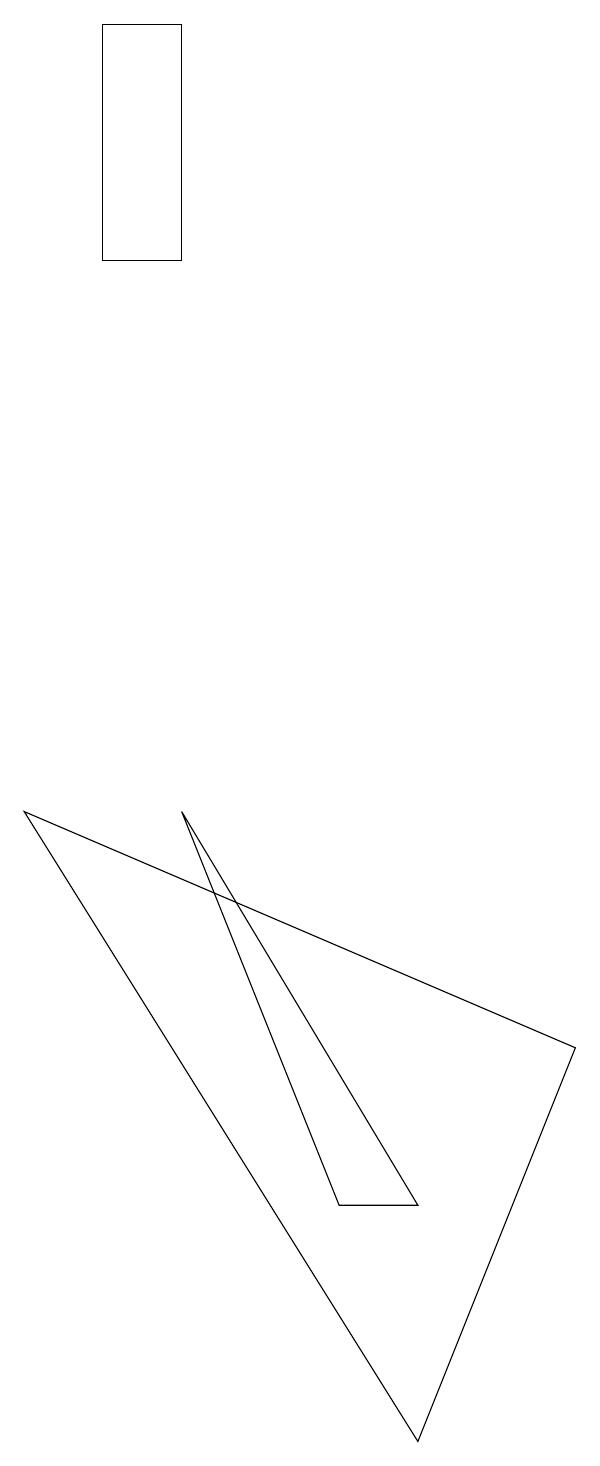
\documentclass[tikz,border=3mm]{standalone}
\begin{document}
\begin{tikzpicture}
\draw (2,19) rectangle (1,16);
\draw (2,9) -- (4,4) -- (5,4) -- cycle;
\draw (5,1) -- (7,6) -- (0,9) -- cycle;
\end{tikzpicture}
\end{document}